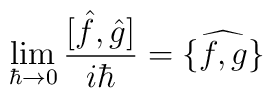
\lim_{\hbar \rightarrow 0} \frac{[\hat{f} , \hat{g}]}{i\hbar} =\widehat{\{f,g \}}